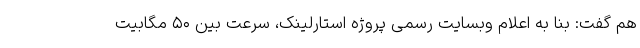
هم گفت: بنا به اعلام وبسایت رسمی پروژه استارلینک، سرعت بین ۵۰ مگابیت